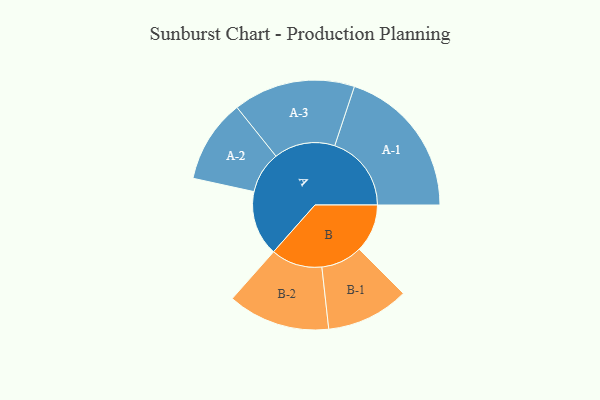
{"axis": {"x": "Segment", "y": "Value"}, "legend": ["", "A", "B"], "data": [{"x": "A", "y": 192, "type": ""}, {"x": "B", "y": 142, "type": ""}, {"x": "A-1", "y": 226, "type": "A"}, {"x": "A-2", "y": 123, "type": "A"}, {"x": "A-3", "y": 180, "type": "A"}, {"x": "B-1", "y": 122, "type": "B"}, {"x": "B-2", "y": 151, "type": "B"}]}